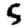
Digit: 5